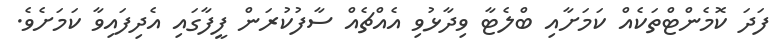
ފަދަ ކޮމެންޓްތަކެއް ކަމަށާއި ބްލެޓާ ވިދާޅުވި އެއްޗެއް ސާފުކުރަން ފީފާގައި އެދިފައިވާ ކަމަށެވެ.